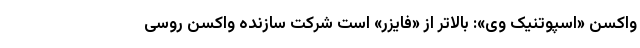
واکسن «اسپوتنیک وی»: بالاتر از «فایزر» است شرکت سازنده واکسن روسی